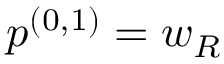
p ^ { ( 0 , 1 ) } = w _ { R }